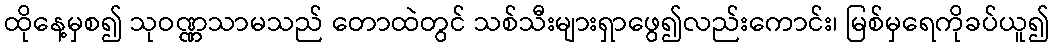
ထိုနေ့မှစ၍ သုဝဏ္ဏသာမသည် တောထဲတွင် သစ်သီးများရှာဖွေ၍လည်းကောင်း၊ မြစ်မှရေကိုခပ်ယူ၍